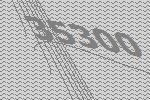
35300